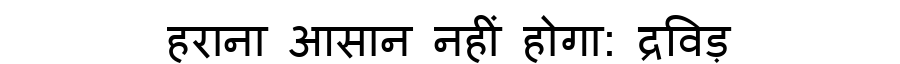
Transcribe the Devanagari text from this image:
हराना आसान नहीं होगा: द्रविड़